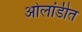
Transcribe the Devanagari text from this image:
ओलांडीत